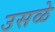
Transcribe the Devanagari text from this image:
उसळे